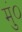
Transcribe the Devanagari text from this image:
मुं०